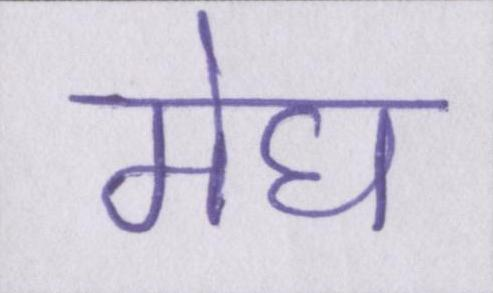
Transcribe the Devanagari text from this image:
मेघ